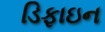
ડિફાઇન